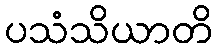
ပသံသိယာတိ